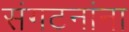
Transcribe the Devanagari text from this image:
संगटनांना